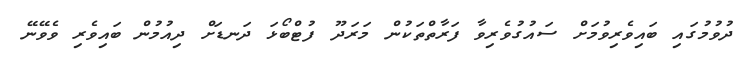
ދުވުމުގައި ބައިވެރިވުމަށް ސައުގުވެރިވާ ފަރާތްތަކުން މަރަދޫ ފުޓްބޯޅަ ދަނޑަށް ދިއުމުން ބައިވެރި ވެވޭނޭ